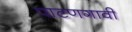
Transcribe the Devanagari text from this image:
पाटणगावी